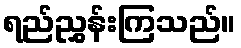
ရည်ညွှန်းကြသည်။